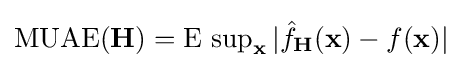
\operatorname {MUAE} (\mathbf {H} )=\operatorname {E} \,\operatorname {sup} _{\mathbf {x} }|{\hat {f}}_{\mathbf {H} }(\mathbf {x} )-f(\mathbf {x} )|